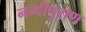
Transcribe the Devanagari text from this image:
नन्दीपुराण